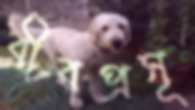
বীরপ্রসূ